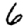
Digit: 6